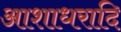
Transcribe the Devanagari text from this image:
आशाधरादि